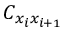
C _ { x _ { i } x _ { i + 1 } }